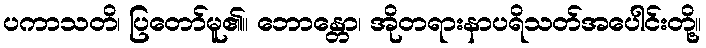
ပကာသတိ၊ ပြတော်မူ၏။ ဘောန္တော၊ အိုတရားနာပရိသတ်အပေါင်းတို့။